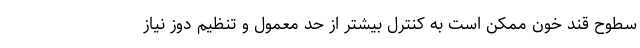
سطوح قند خون ممکن است به کنترل بیشتر از حد معمول و تنظیم دوز نیاز